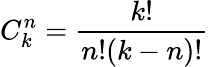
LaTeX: C_{k}^{n}=\frac{k!}{n!(k-n)!}